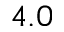
4 . 0